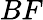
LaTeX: BF